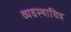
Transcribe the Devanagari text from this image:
व्यवस्थाचित्र